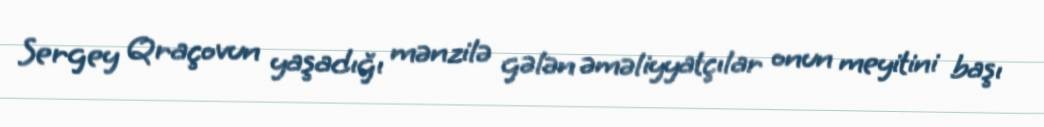
Sergey Qraçovun yaşadığı mənzilə gələn əməliyyatçılar onun meyitini başı